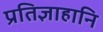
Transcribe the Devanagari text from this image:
प्रतिज्ञाहानि